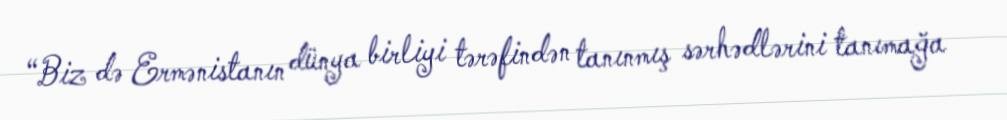
“Biz də Ermənistanın dünya birliyi tərəfindən tanınmış sərhədlərini tanımağa